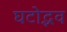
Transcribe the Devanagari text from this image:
घटोद्भव